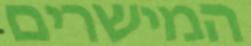
המישרים